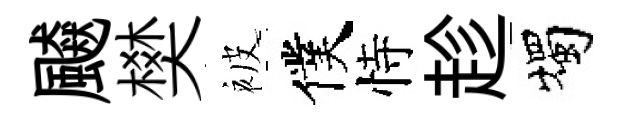
飇樊被僕恃趁燭